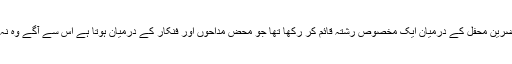
حویلی کے اندر بھی بیگم صاحب نے اپنے اور حاضرین محفل کے درمیان ایک مخصوص رشتہ قائم کر رکھا تھا جو محض مداحوں اور فنکار کے درمیان ہوتا ہے اس سے آگے وہ نہ کبھی خود بڑھیں اور نہ ہی کسی کو اجازت بخشی۔